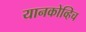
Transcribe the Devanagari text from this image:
यानकोव्हिच